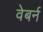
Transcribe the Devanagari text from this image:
वेबर्न